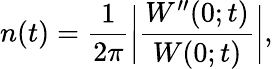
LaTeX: n(t)=\frac{1}{2\pi}\biggl|\frac{W^{\prime\prime}(0;t)}{W(0;t)}\biggr|,